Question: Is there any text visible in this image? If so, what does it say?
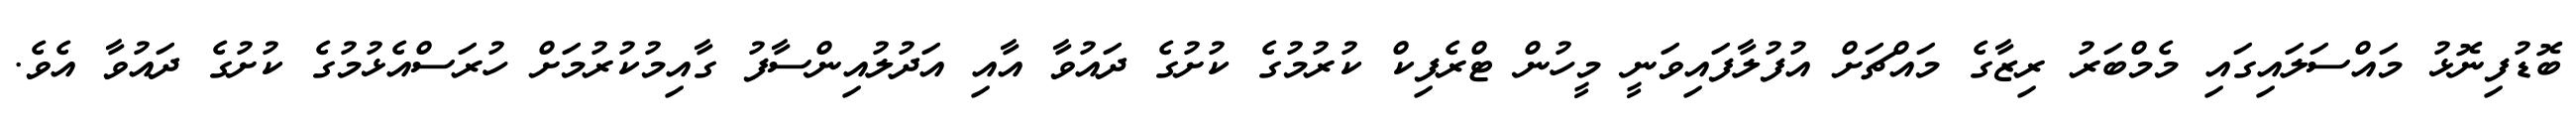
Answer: ބޮޑުފިނޮޅު މައްސަލައިގައި މެމްބަރު ރިޒާގެ މައްޗަށް އުފުލާފައިވަނީ މީހުން ޓްރެފިކް ކުރުމުގެ ކުށުގެ ދައުވާ އާއި އަދުލުއިންސާފު ގާއިމުކުރުމަށް ހުރަސްއެޅުމުގެ ކުށުގެ ދައުވާ އެވެ.